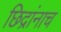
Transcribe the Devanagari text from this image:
छिद्रांनाच